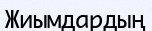
Жиымдардың